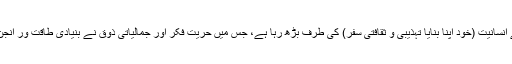
انسان کا سفر حیوانیت سے انسانیت (خود اپنا بنایا تہذیبی و ثقافتی سفر) کی طرف بڑھ رہا ہے، جس میں حریت فکر اور جمالیاتی ذوق نے بنیادی طاقت ور انجن کے طور پر کام کیا ہے۔